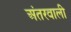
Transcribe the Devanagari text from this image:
अंतरवाली